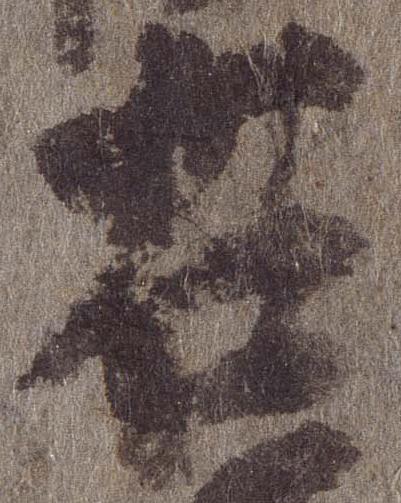
右